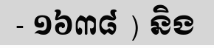
- ១៦៣៨ ) និង